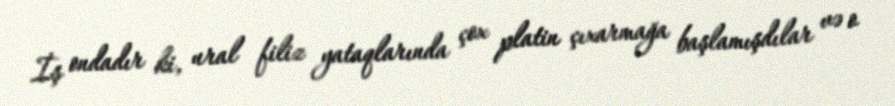
İş ondadır ki, ural filiz yataqlarında çox platin çıxarmağa başlamışdılar və o